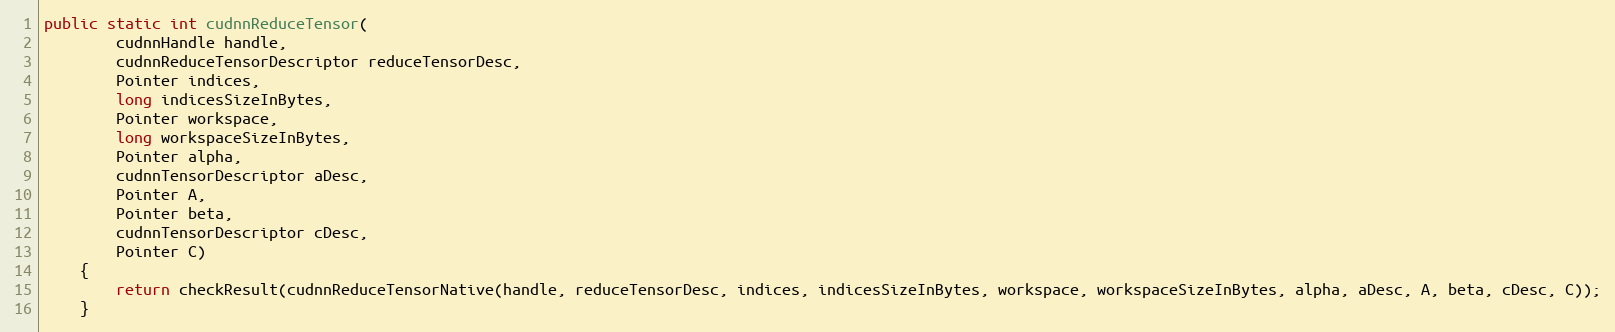
Language: Java
public static int cudnnReduceTensor(
        cudnnHandle handle,
        cudnnReduceTensorDescriptor reduceTensorDesc,
        Pointer indices,
        long indicesSizeInBytes,
        Pointer workspace,
        long workspaceSizeInBytes,
        Pointer alpha,
        cudnnTensorDescriptor aDesc,
        Pointer A,
        Pointer beta,
        cudnnTensorDescriptor cDesc,
        Pointer C)
    {
        return checkResult(cudnnReduceTensorNative(handle, reduceTensorDesc, indices, indicesSizeInBytes, workspace, workspaceSizeInBytes, alpha, aDesc, A, beta, cDesc, C));
    }